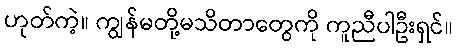
ဟုတ်ကဲ့။ ကျွန်မတို့မသိတာတွေကို ကူညီပါဦးရှင်။